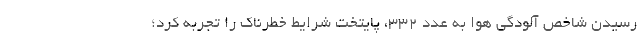
رسیدن شاخص آلودگی هوا به عدد ۳۳۲، پایتخت شرایط خطرناک را تجربه کرد؛